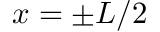
x = \pm L / 2